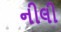
નીલી